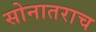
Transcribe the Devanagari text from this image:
सोनातराच